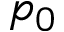
p _ { 0 }